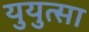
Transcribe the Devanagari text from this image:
युयुत्सा